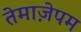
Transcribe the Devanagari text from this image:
तेमाज़ेपम